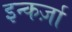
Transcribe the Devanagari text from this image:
इन्कर्ज़ा